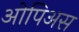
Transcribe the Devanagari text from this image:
ओपिअस